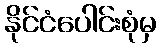
နိုင်ငံပေါင်းစုံမှ